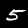
Digit: 5